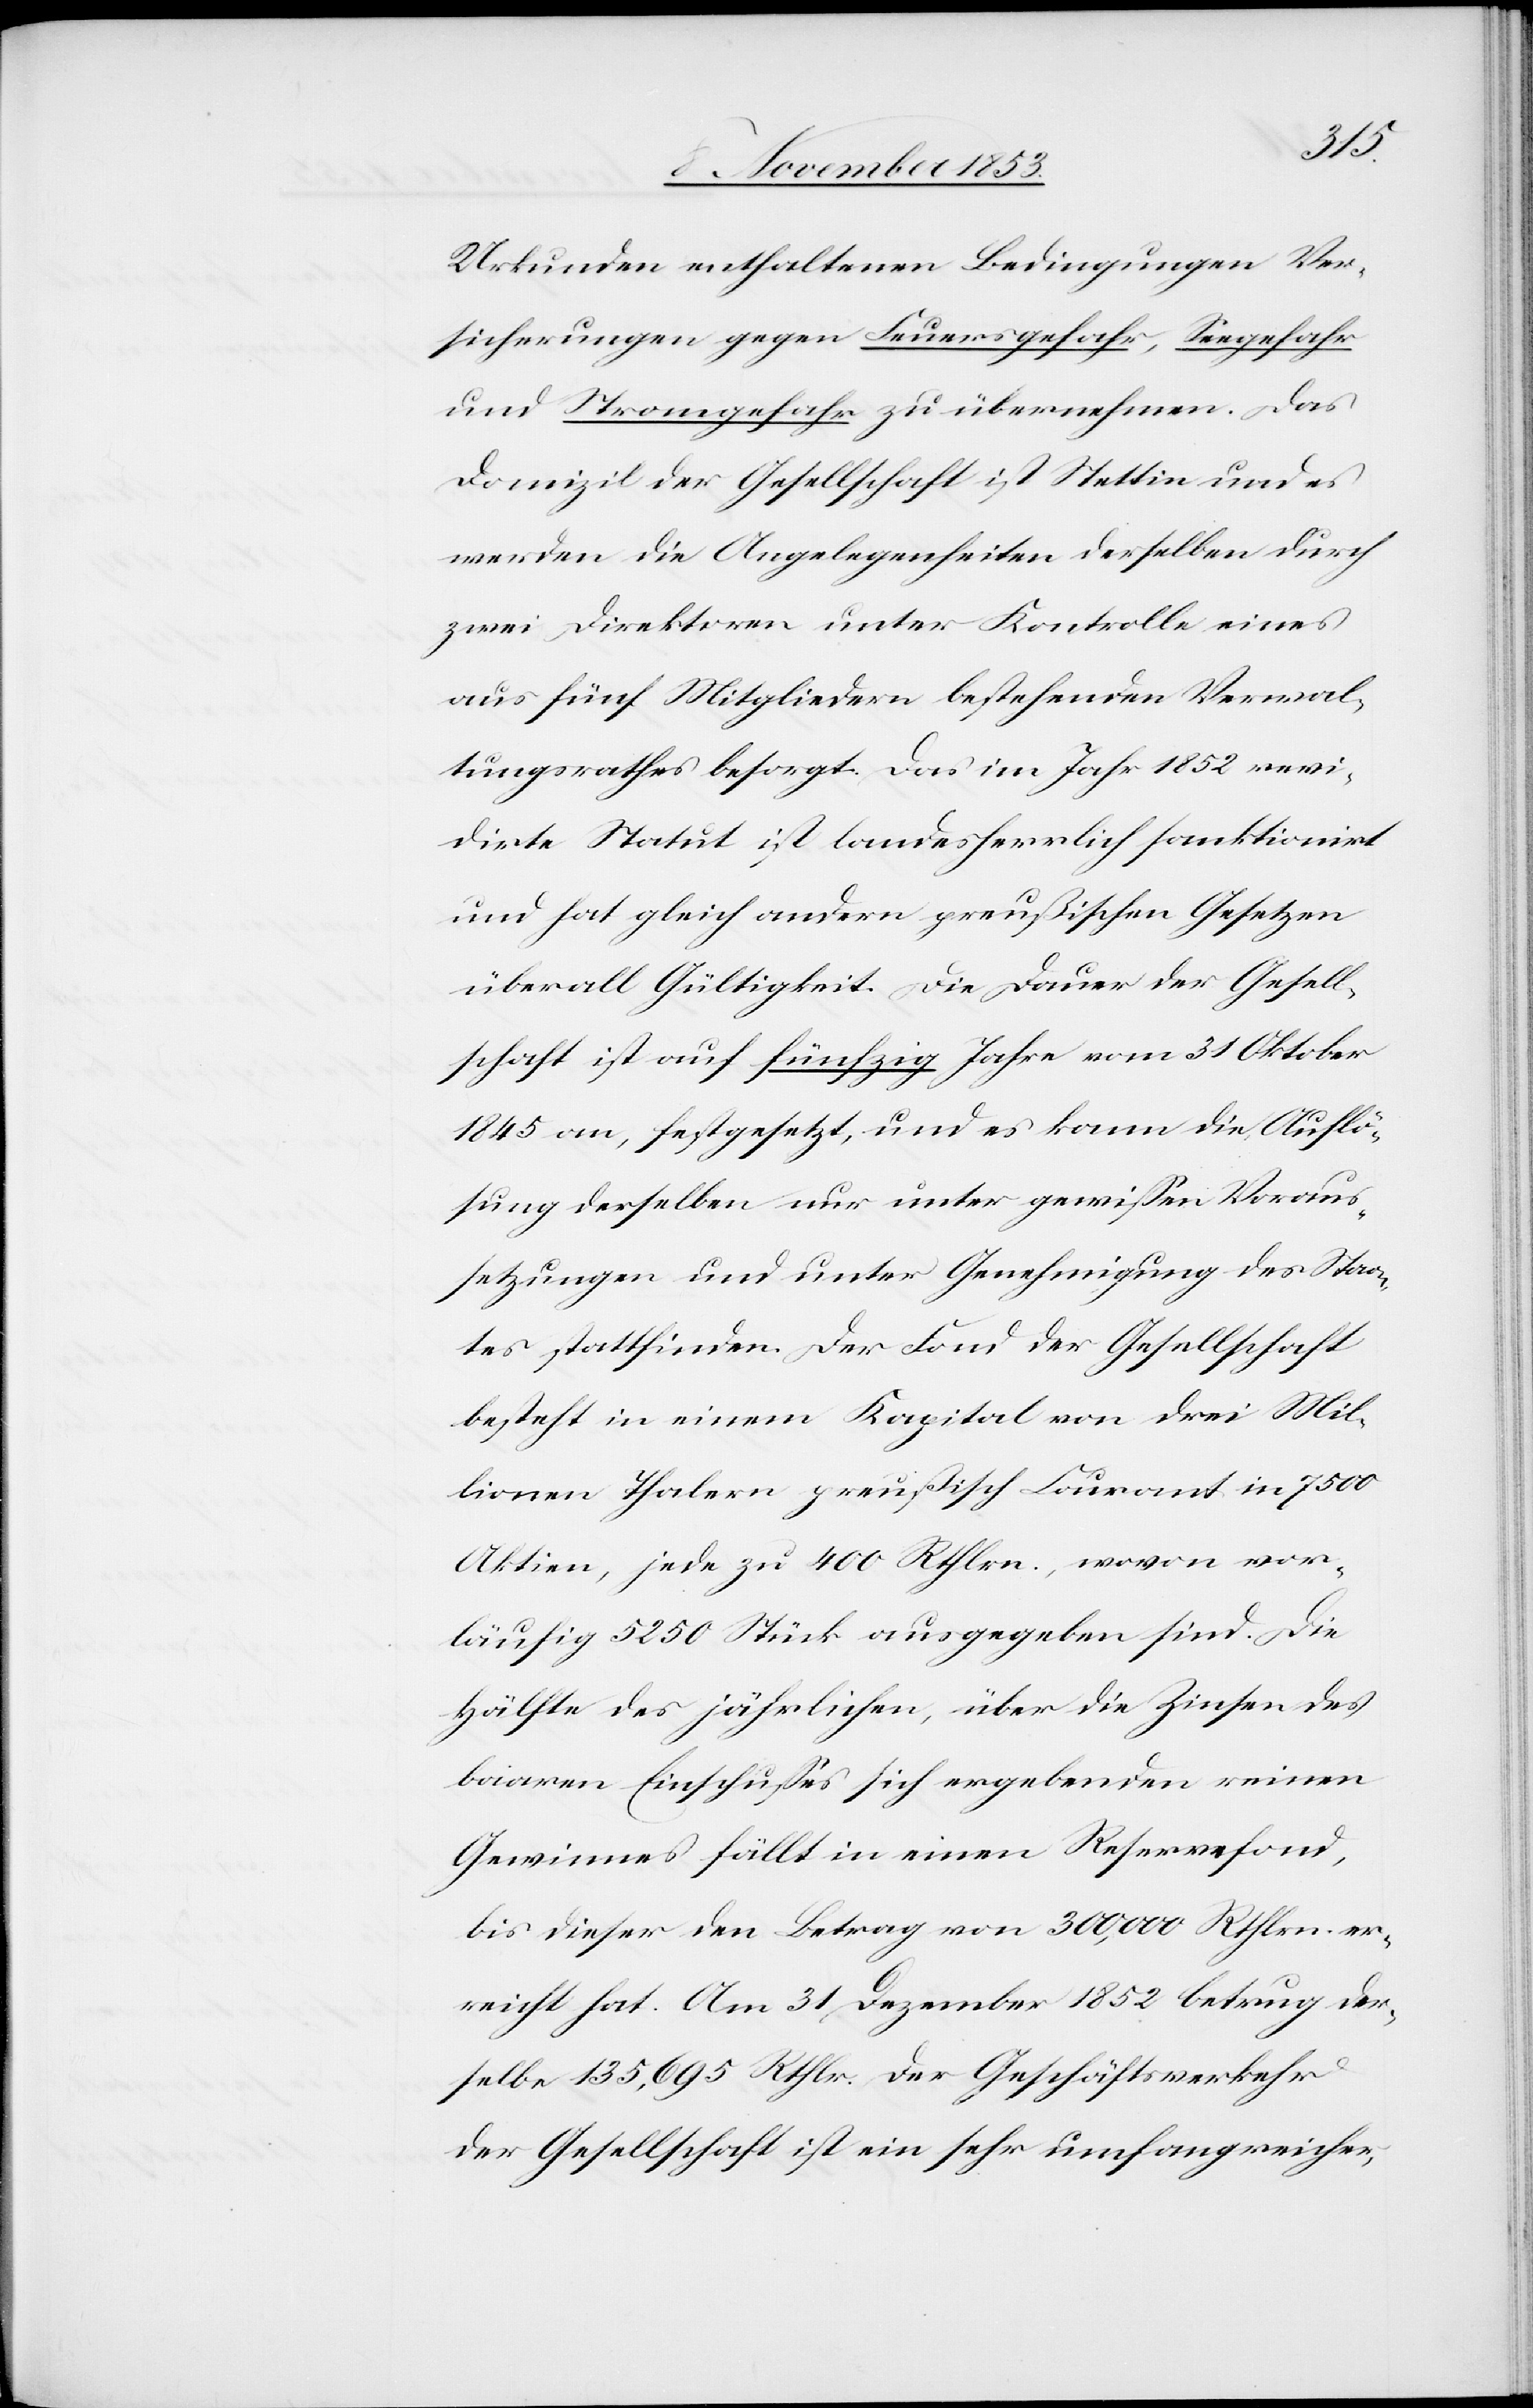
Urkunden enthaltenen Bedingungen Ver¬
sicherungen gegen Feuersgefahr, Seegefahr
und Stromgefahr zu übernehmen. Das
Domizil der Gesellschaft ist Stettin und es
werden die Angelegenheiten derselben durch
zwei Direktoren unter Kontrolle eines
aus fünf Mitgliedern bestehenden Verwal¬
tungsrathes besorgt. Das im Jahr 1852 revi¬
dirte Statut ist landesherrlich sanktionirt
und hat gleich andern preußischen Gesetzen
überall Gültigkeit. Die Dauer der Gesell¬
schaft ist auf fünfzig Jahre vom 31 Oktober
1845 an, festgesetzt, und es kann die Auflö¬
sung derselben nur unter gewißen Voraus¬
setzungen und unter Genehmigung des Staa¬
tes stattfinden. Der Fond der Gesellschaft
besteht in einem Kapital von drei Mil¬
lionen Thalern preußisch Courant in 7500
Aktien, jede zu 400 Rthlrn., wovon vor¬
läufig 5250 Stück ausgegeben sind. Die
Hälfte des jährlichen, über die Zinsen des
baaren Einflußes sich ergebenden reinen
Gewinnes fällt in einen Reservefond,
bis dieser den Betrag von 300,000 Rthlrn. er¬
reicht hat. Am 31 Dezember 1852 betrug der¬
selbe 135,695 Rthlr. Der Geschäftsverkehr
der Gesellschaft ist ein sehr umfangreicher,